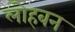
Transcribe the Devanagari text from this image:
लोहबन